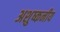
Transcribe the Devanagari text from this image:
अशुष्कनीय